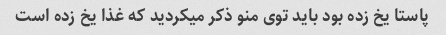
پاستا یخ زده بود باید توی منو ذکر میکردید که غذا یخ زده است